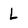
Character: L